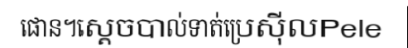
ផោន។ស្តេចបាល់ទាត់ប្រេស៊ីលPele